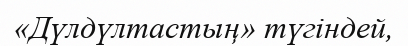
«Дүлдүлтастың» түгіндей,